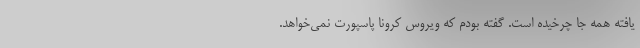
یافته همه جا چرخیده است. گفته بودم که ویروس کرونا پاسپورت نمی‌خواهد.